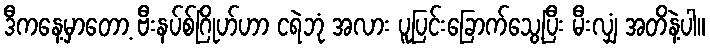
ဒီကနေ့မှာတော့ ဗီးနပ်စ်ဂြိုဟ်ဟာ ငရဲဘုံ အလား ပူပြင်းခြောက်သွေ့ပြီး မီးလျှံ အတိနဲ့ပါ။